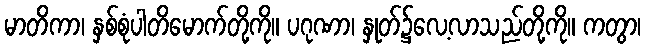
မာတိကာ၊ နှစ်စုံပါတိမောက်တို့ကို။ ပဂုဏာ၊ နှုတ်၌လေ့လာသည်တို့ကို။ ကတွာ၊